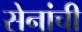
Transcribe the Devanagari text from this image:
सेनांची